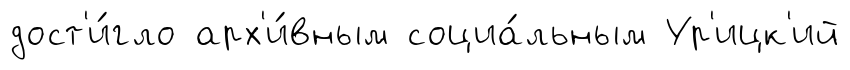
дост'и́гло арх'и́вным социа́льным Ур'ицк'ий